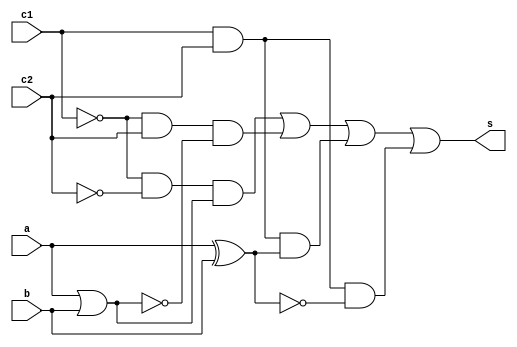
// -------------------------
// Exemplo0034 - F4
// Nome: Adamo Ludwig
// -------------------------


// -------------------------
// f4_gate
// -------------------------

module f4 (output s,
           input  a,
           input  b,
           input  c1, input c2);

wire temp[0:8];

 or   OR1  (temp[0], a,b);
 nor  NOR1 (temp[1], a,b);
 xor  XOR1 (temp[2], a,b);
 xnor XNOR1(temp[3], a,b);

 and AND1(temp[4],  ~c1,~c2,temp[0]);
 and AND2(temp[5],  ~c1, c2,temp[1]);
 and AND3(temp[6],   c1, c2,temp[2]);
 and AND4(temp[7],   c1, c2,temp[3]);

 or OR2(temp[8], temp[4],temp[5],temp[6],temp[7]);

 assign s = temp[8];

endmodule


module test_f4;

// ------------------------- definir dados
reg  a;
reg  b;
reg  c1;
reg  c2;
wire s;

f4 modulo (s, a,b,c1,c2);


initial begin:start
  a=0;b=0;  c1=0;c2=0;
end


// ------------------------- parte principal
initial begin:main
  $display("Exemplo0034 - Adamo Ludwig - 473319");
  $display("Test LU's module");
  
  $display("a  b  chave  saida");
  $monitor("%b  %b  %b %b     %b", a,b,c1,c2, s);
 
  #1 a = 0; b = 0;   c1 = 0; c2=0;
  #1 a = 0; b = 0;   c1 = 0; c2=1;
  #1 a = 0; b = 0;   c1 = 1; c2=0;
  #1 a = 0; b = 0;   c1 = 1; c2=1;
  #1 a = 0; b = 1;   c1 = 0; c2=0;
  #1 a = 0; b = 1;   c1 = 0; c2=1;
  #1 a = 0; b = 1;   c1 = 1; c2=0;
  #1 a = 0; b = 1;   c1 = 1; c2=1;
  
  #1 a = 1; b = 0;   c1 = 0; c2=0;
  #1 a = 1; b = 0;   c1 = 0; c2=1;
  #1 a = 1; b = 0;   c1 = 1; c2=0;
  #1 a = 1; b = 0;   c1 = 1; c2=1;
  #1 a = 1; b = 1;   c1 = 0; c2=0;
  #1 a = 1; b = 1;   c1 = 0; c2=1;
  #1 a = 1; b = 1;   c1 = 1; c2=0;
  #1 a = 1; b = 1;   c1 = 1; c2=1;
end
endmodule